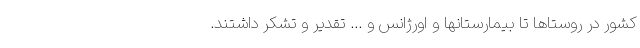
کشور در روستاها تا بیمارستانها و اورژانس و ... تقدیر و تشکر داشتند.